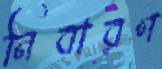
নিবারণ